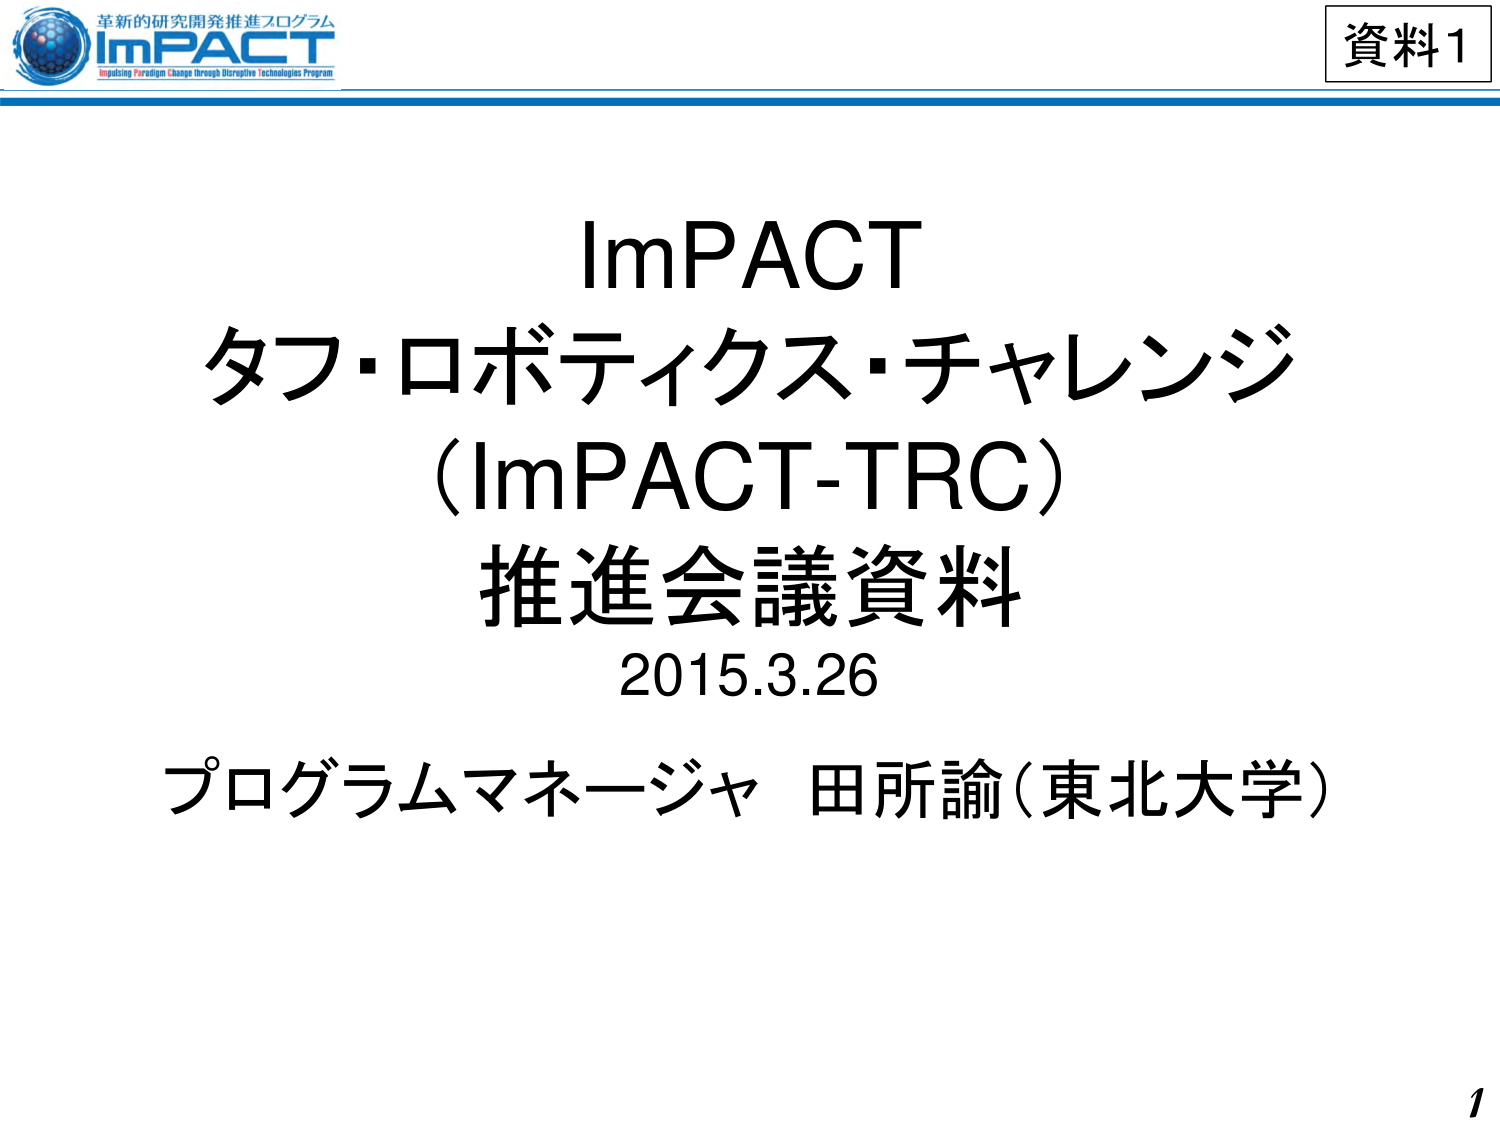
資料1
革新的的研究開発推進プログラム
ImPACT
Impulsing Paradigm Change through Disruptive Technologies Program
ImPACT
タフ・ロボティクス・チャレンジ
（ImPACT-TRC）
推進会議資料
2015.3.26
プログラムマネージャ 田所諭（東北大学）
1